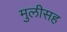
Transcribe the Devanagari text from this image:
मुलीसह